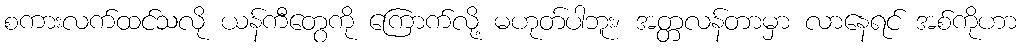
စကားလက်ထင်သလို ယန်ကီတွေကို ကြောက်လို့ မဟုတ်ပါဘူး၊ အတ္တလန်တာမှာ လာနေရင် အစ်ကိုဟာ